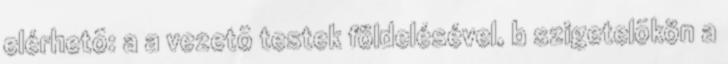
elérhetõ: a a vezetõ testek földelésével, b szigetelõkön a